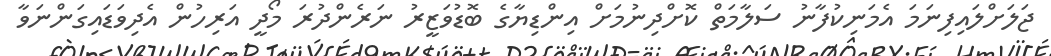
ޖަލަށްލައިފިނަމަ އެމަނިކުފާނު ސަލާމަތް ކޮށްދިނުމަށް އިންޑިޔާގެ ބޮޑުވަޒީރު ނަރެންދުރަ މޯދީ އަރިހުން އެދިވަޑައިގަންނަވާ